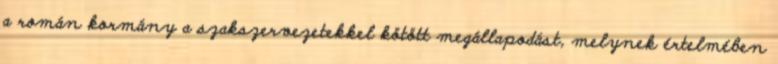
a román kormány a szakszervezetekkel kötött megállapodást, melynek értelmében